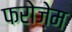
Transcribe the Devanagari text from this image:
फरोज़ेम